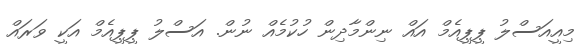
މިއީއަސްލު ޕީޕީއެމް އައް ނިންމާދިން ހުކުމެއް ނުން. އަސްލު ޕީޕީއެމް އަކީ ވަރައް